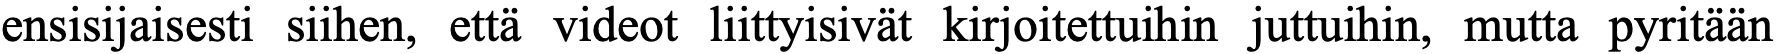
ensisijaisesti siihen, että videot liittyisivät kirjoitettuihin juttuihin, mutta pyritään